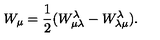
W _ { \mu } = \frac { 1 } { 2 } ( W _ { \mu \lambda } ^ { \lambda } - W _ { \lambda \mu } ^ { \lambda } ) .